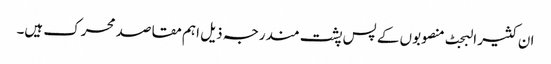
ان کثیر البجٹ منصوبوں کے پس پشت مندرجہ ذیل اہم مقاصد محرک ہیں۔